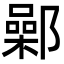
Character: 鄵